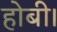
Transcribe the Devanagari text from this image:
होबी।